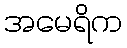
အမေရိက